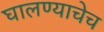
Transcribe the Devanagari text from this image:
घालण्याचेच